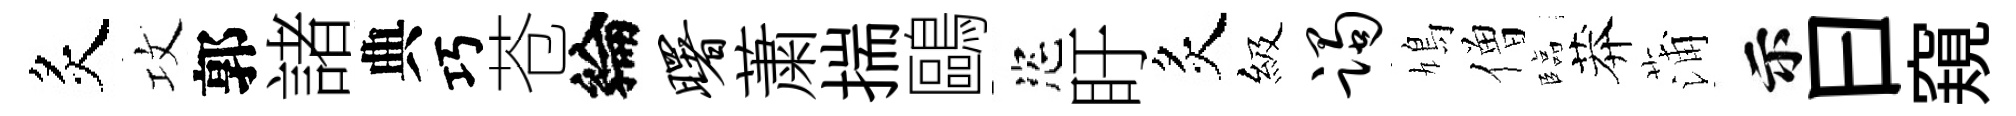
炙攻郭諸典巧苍綸曙䔥揣鷗恣盱炙級躅鳩僧臨莽蒲示曰窺